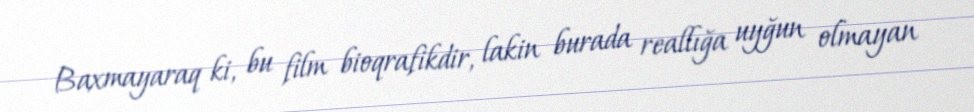
Baxmayaraq ki, bu film bioqrafikdir, lakin burada reallığa uyğun olmayan